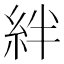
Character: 絆